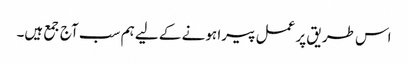
اس طریق پر عمل پیرا ہونے کے لیے ہم سب آج جمع ہیں۔